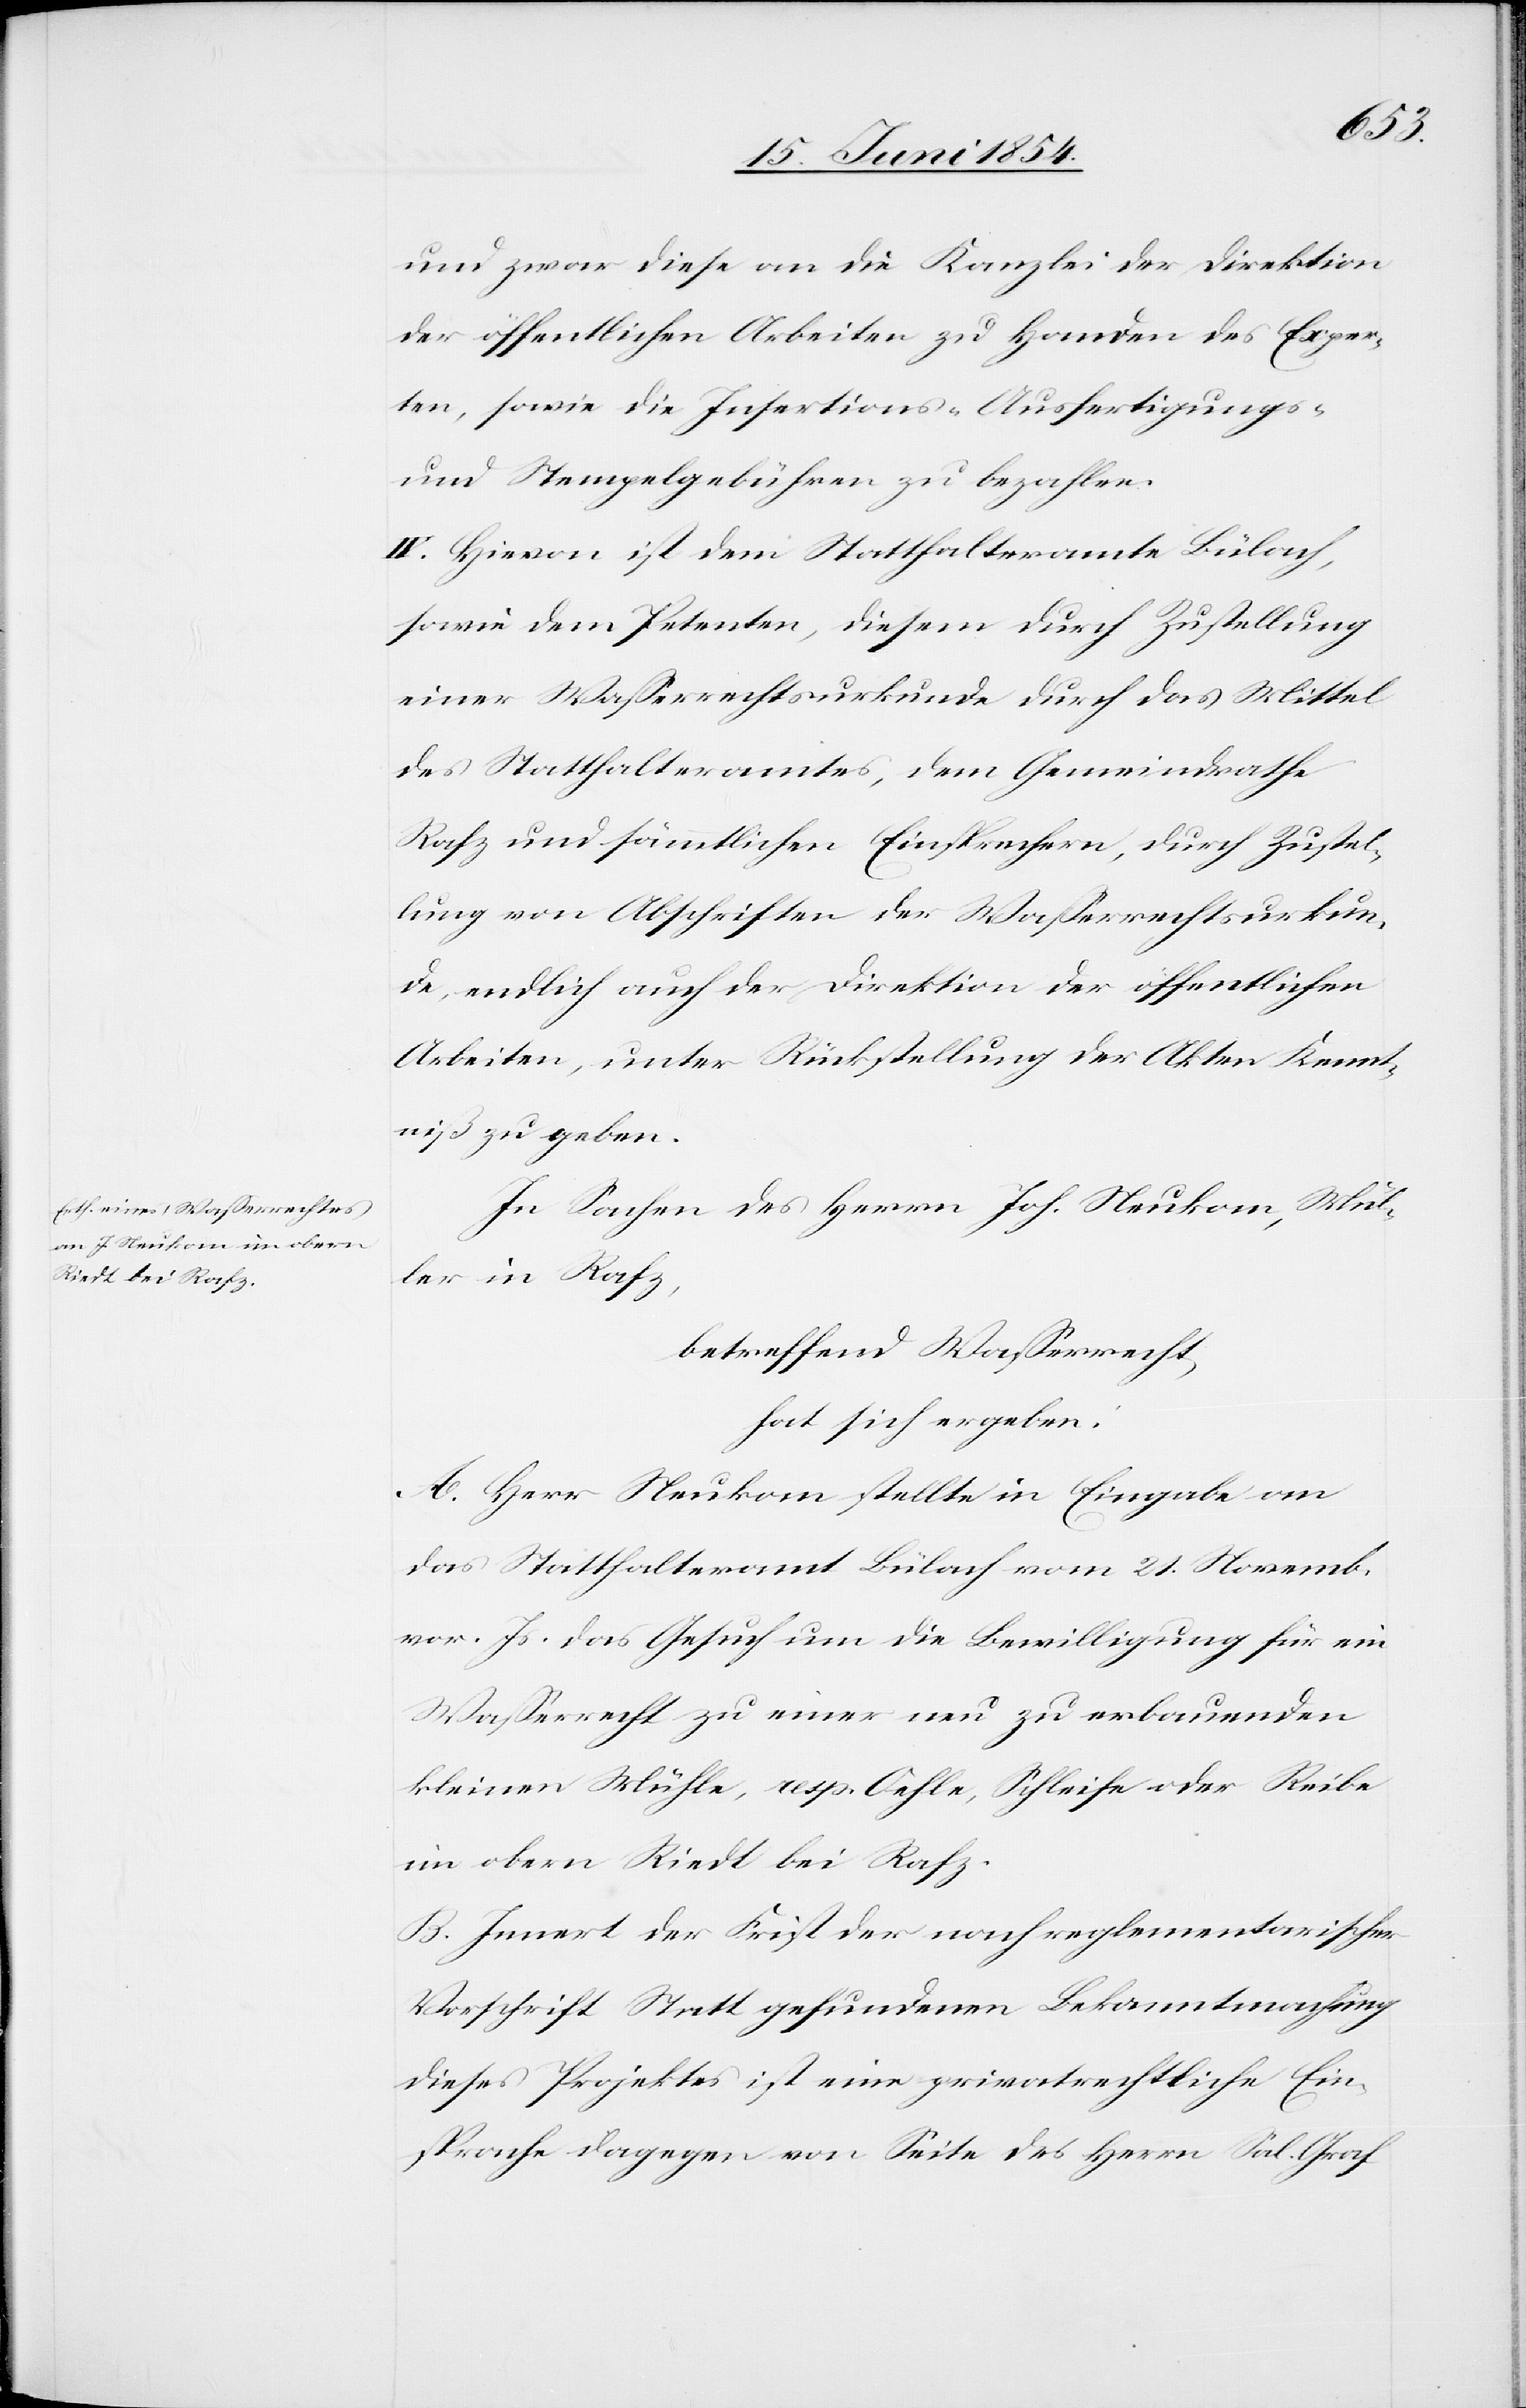
und zwar diese an die Kanzlei der Direktion
der öffentlichen Arbeiten zu Handen des Exper¬
ten, sowie die Insertions-[,] Ausfertigungs-
und Stempelgebühren zu bezahlen.
IV. Hievon ist dem Statthalteramte Bülach,
sowie dem Petenten, diesem durch Zustellung
einer Waßerrechtsurkunde durch das Mittel
des Statthalteramtes, dem Gemeindrathe
Rafz und sämmtlichen Einsprechern, durch Zustel¬
lung von Abschriften der Waßerrechtsurkun¬
de, endlich auch der Direktion der öffentlichen
Arbeiten, unter Rückstellung der Akten Kennt¬
niß zu geben.
In Sachen des Herrn Joh. Neukom, Mül¬
ler in Rafz,
betreffend Waßerrecht,
hat sich ergeben:
A. Herr Neukom stellte in Eingabe an
das Statthalteramt Bülach vom 21. Novemb.
vor. Js. das Gesuch um die Bewilligung für ein
Waßerrecht zu einer neu zu erbauenden
kleinen Mühle, resp. Oehle, Schleiche oder Reibe
im obern Riedt bei Rafz.
B. Innert der Frist der nach reglementarischer
Vorschrift Statt gefundenen Bekanntmachung
dieses Projektes ist eine privatrechtliche Ein¬
sprache dagegen von Seite des Herrn Sal. Graf